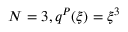
N = 3 , q ^ { P } ( \xi ) = \xi ^ { 3 }